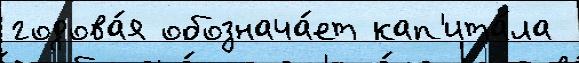
годова́я обознача́ет кап'ита́ла